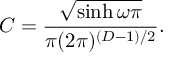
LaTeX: C = \frac { \sqrt { \sinh \omega \pi } } { \pi ( 2 \pi ) ^ { ( D - 1 ) / 2 } } .